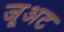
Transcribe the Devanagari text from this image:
जूअट